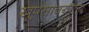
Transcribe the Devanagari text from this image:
खूपसावयाला